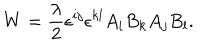
W = \frac { \lambda } { 2 } \epsilon ^ { i j } \epsilon ^ { k l } A _ { i } B _ { k } A _ { j } B _ { l } .